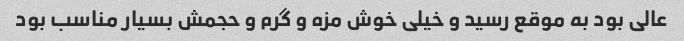
عالی بود به موقع رسید و خیلی خوش مزه و گرم و حجمش بسیار مناسب بود